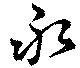
永